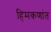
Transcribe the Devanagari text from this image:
हिमकणांत